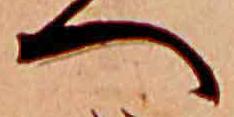
へ